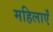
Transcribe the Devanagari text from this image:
महिलाएंँ